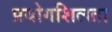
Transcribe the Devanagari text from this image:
प्रयोगशिलता